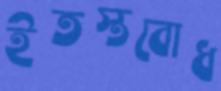
ইতস্তবোধ